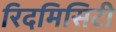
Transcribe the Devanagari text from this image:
रिदमिसिटी